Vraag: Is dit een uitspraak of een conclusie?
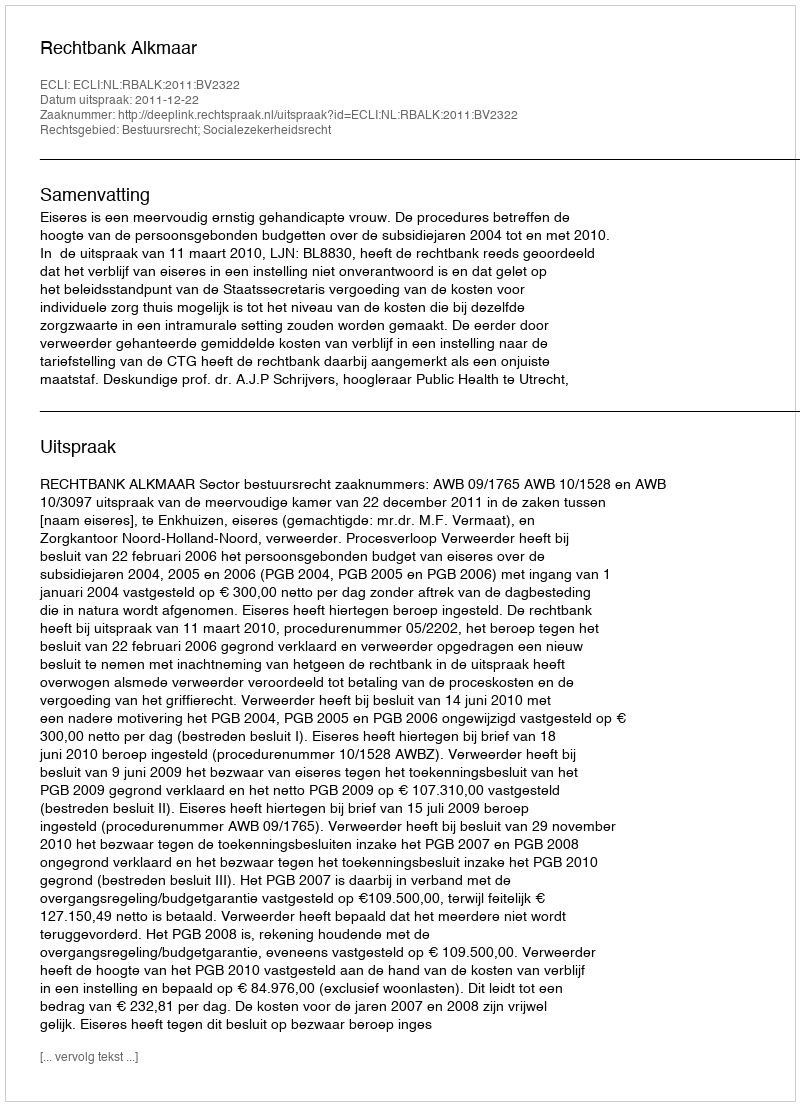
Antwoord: Uitspraak